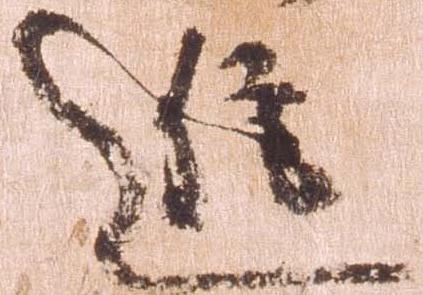
進